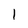
Character: l